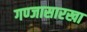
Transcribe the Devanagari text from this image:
गण्जासारखा